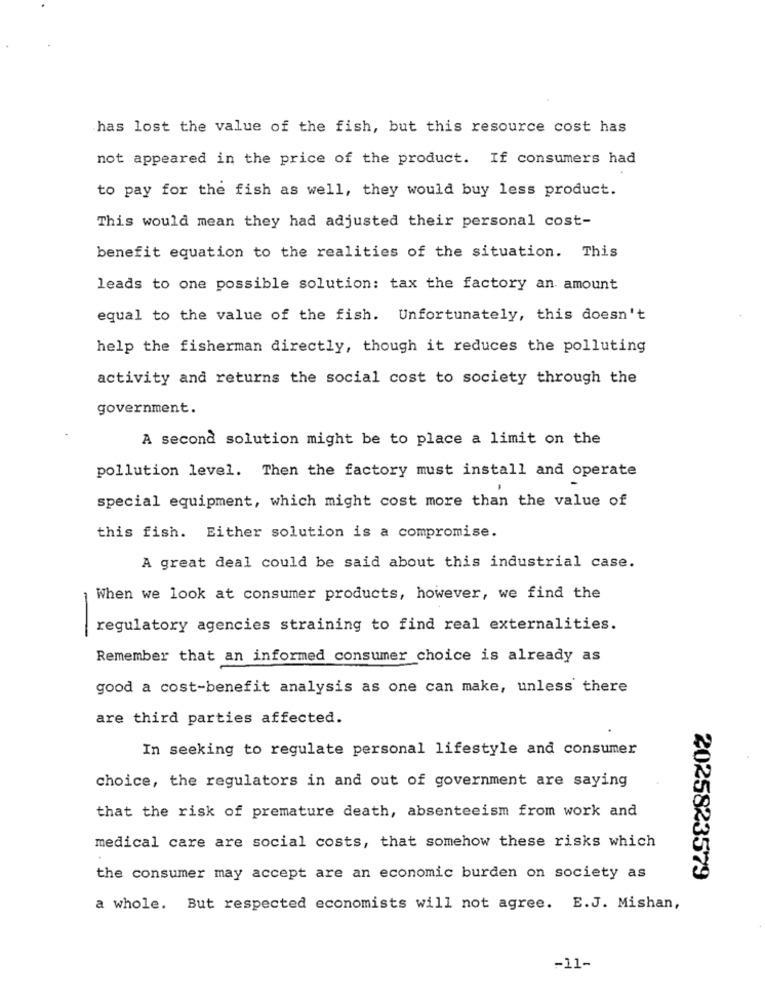
has lost the value of the fish, but this resource cost has
not appeared in the price of the product. If consumers had
to pay for the fish as well, they would buy less product.
This would mean they had adjusted their personal cost-
benefit equation to the realities of the situation. This
leads to one possible solution: tax the factory an amount
equal to the value of the fish. Unfortunately, this doesn't
help the fisherman directly, though it reduces the polluting
activity and returns the social cost to society through the
government.
A second solution might be to place a limit on the
pollution level. Then the factory must install and operate
special equipment, which might cost more than the value of
this fish. Either solution is a compromise.
A great deal could be said about this industrial case.
When we look at consumer products, however, we find the
regulatory agencies straining to find real externalities.
-
Remember that an informed consumer choice is already as
good a cost-benefit analysis as one can make, unless there
are third parties affected.
In seeking to regulate personal lifestyle and consumer
choice, the regulators in and out of government are saying
that the risk of premature death, absenteeism from work and
medical care are social costs, that somehow these risks which
the consumer may accept are an economic burden on society as
2025823579
a whole. But respected economists will not agree. E.J. Mishan,
-11-